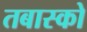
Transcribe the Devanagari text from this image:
तबास्को